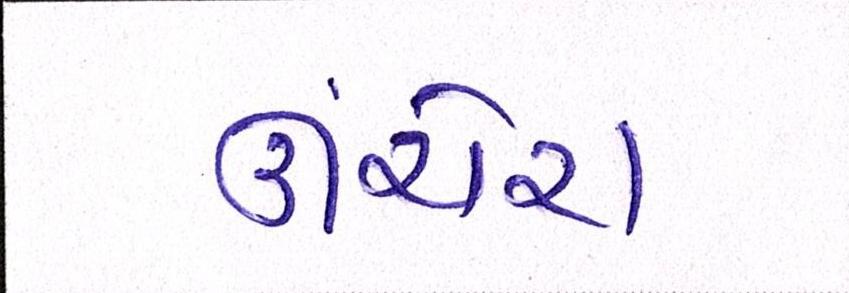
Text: ઊંચેરા